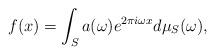
LaTeX: \begin{align*} f(x) = \int_S a(\omega) e^{2 \pi i \omega x} d \mu_S(\omega),\end{align*}